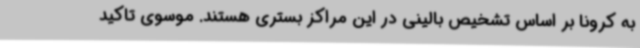
به کرونا بر اساس تشخیص بالینی در این مراکز بستری هستند. موسوی تاکید